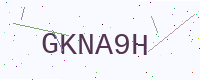
Text: GKNA9H